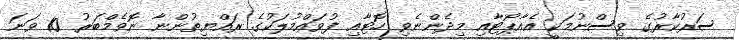
ސަރުކާރުގެ ވިސްނުމަކީ އެއާޕޯޓާއި މިދެންނެވި ހޮޓާއި ފުވައްމުލަކުގެ ރައްޔިތުންނާ ނޮވެމްބަރު 10 ވަނަ